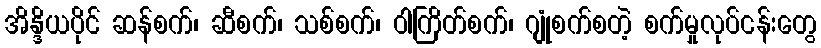
အိန္ဒိယပိုင် ဆန်စက်၊ ဆီစက်၊ သစ်စက်၊ ဝါကြိတ်စက်၊ ဂျုံစက်စတဲ့ စက်မှုလုပ်ငန်းတွေ